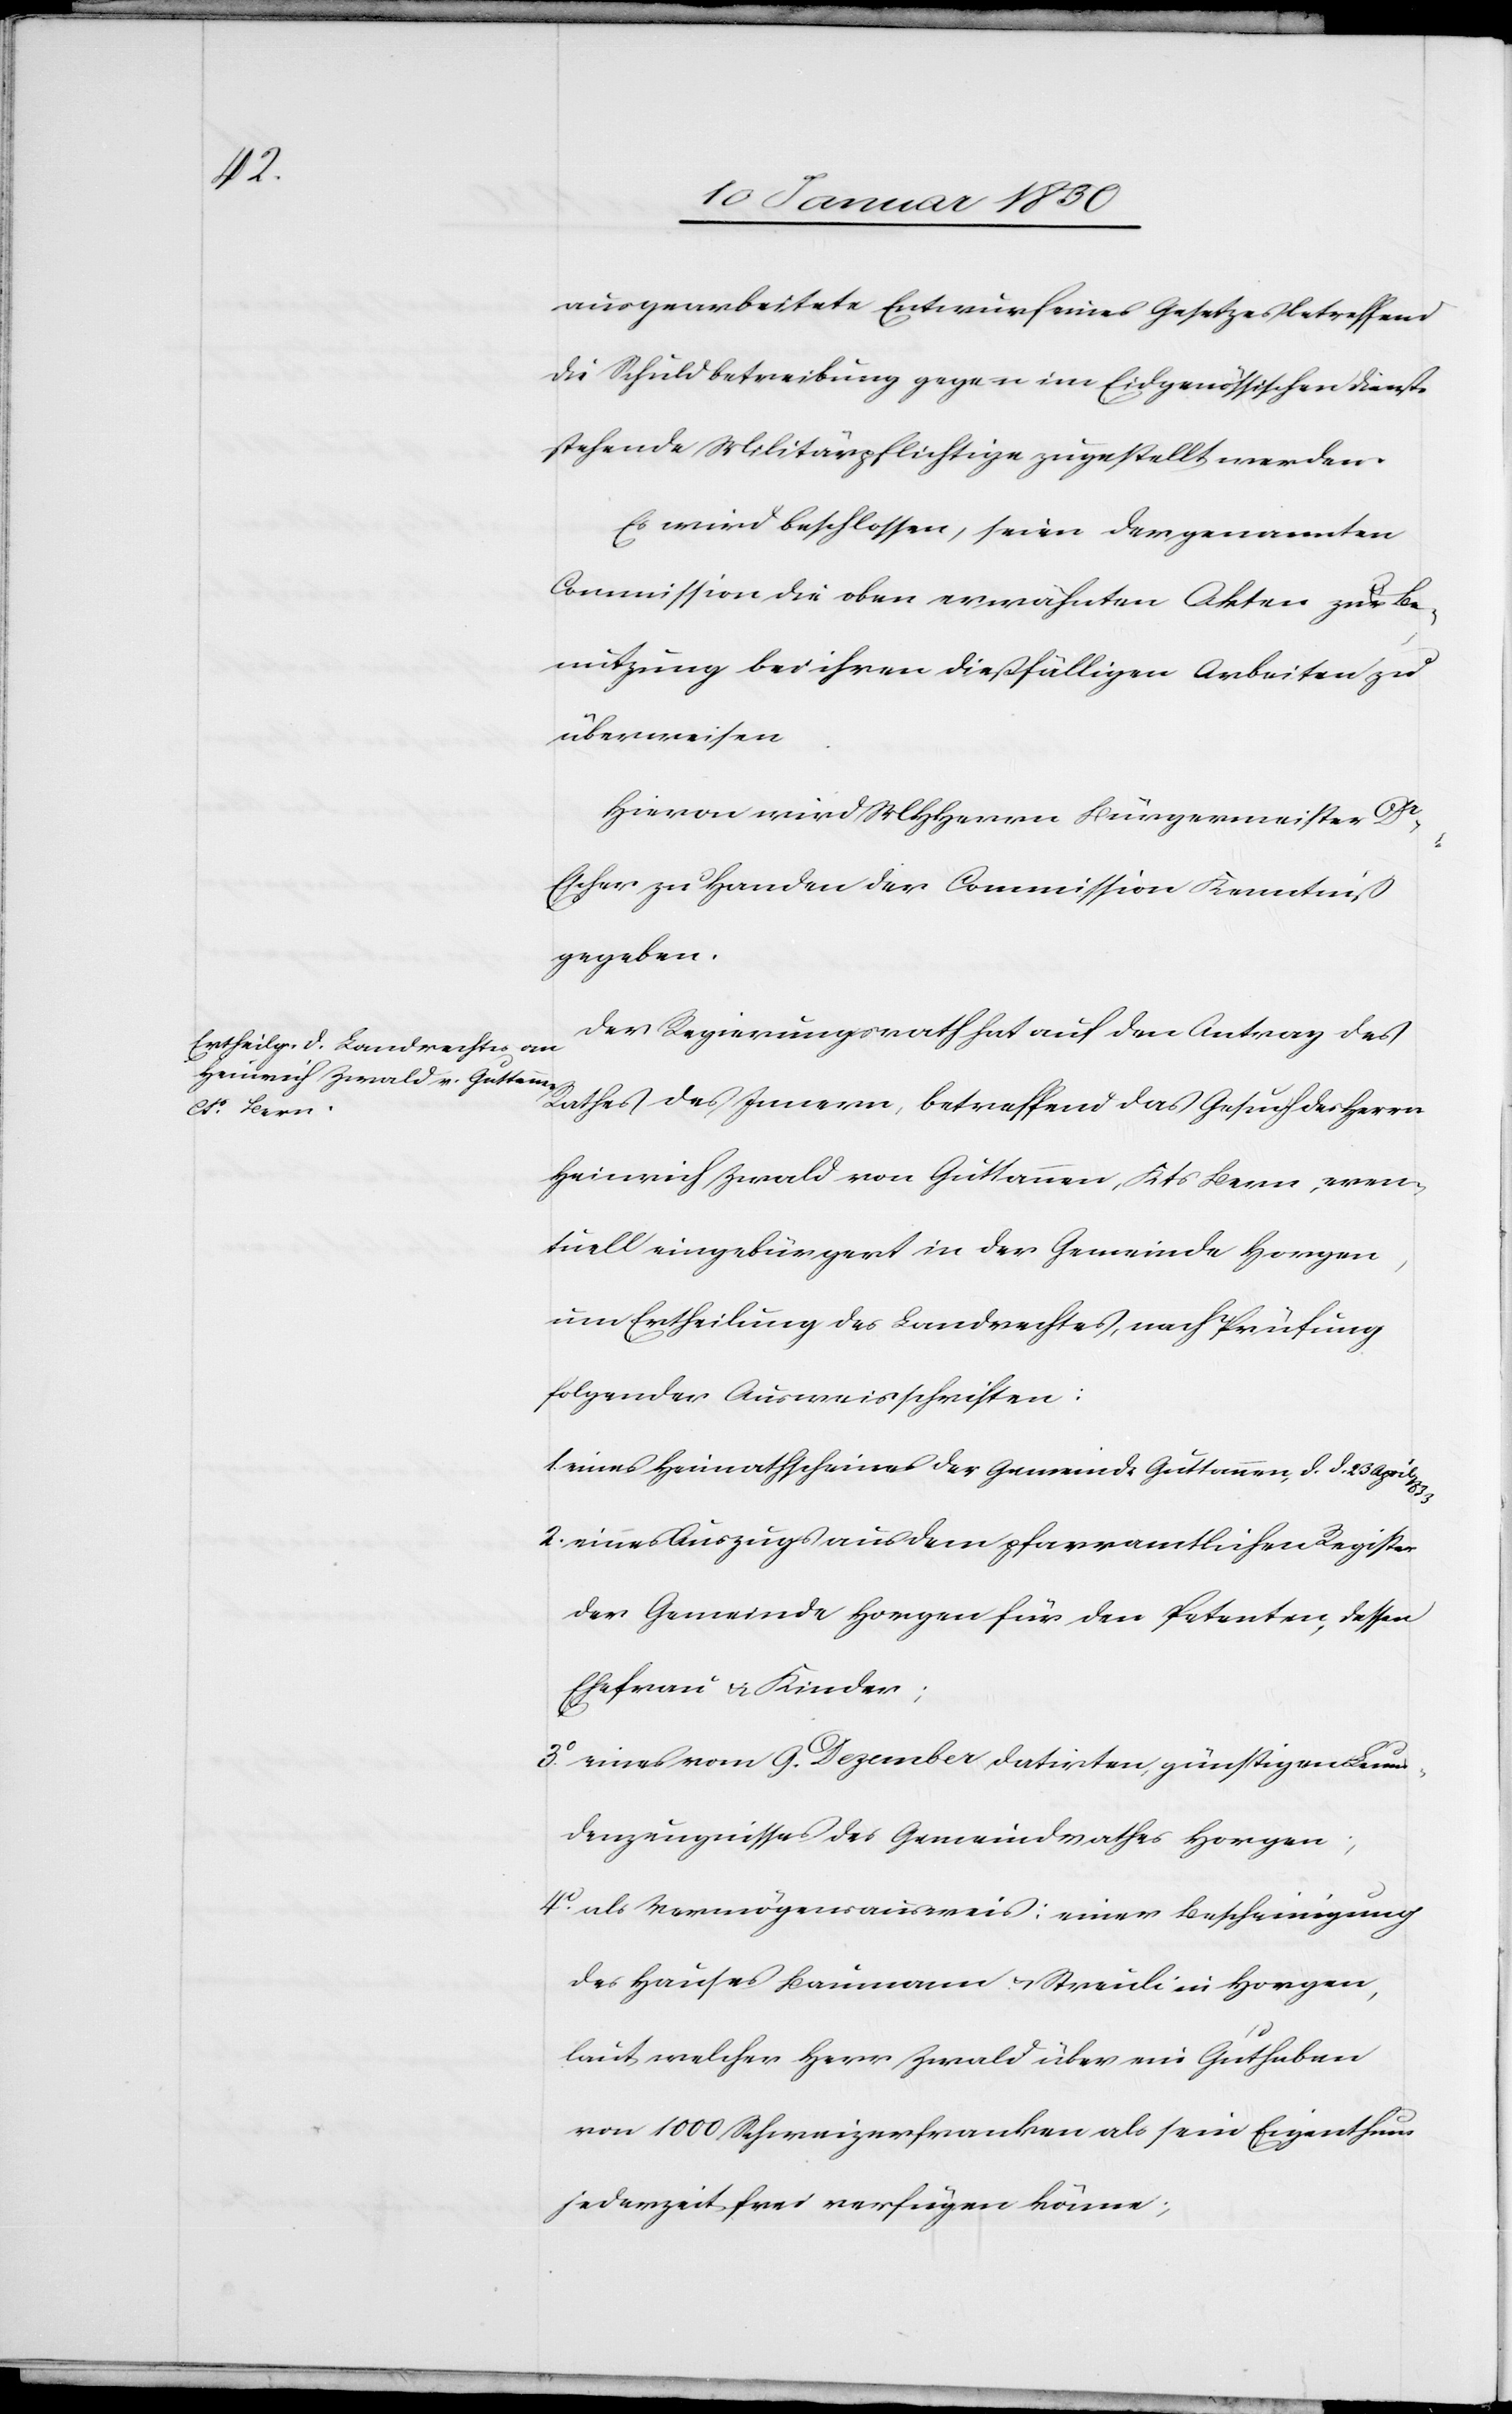
ausgearbeitete Entwurf eines Gesetzes betreffend
die Schuldbetreibung gegen im Eidgenössischen Dienst
stehende Militärpflichtige zugestellt werden.
Es wird beschlossen, seien der genannten
Commission die oben erwähnten Akten zu Be¬
nutzung bei ihren dießfälligen Arbeiten zu
überweisen.
Hievon wird MHHerrn Bürgermeister Dr
Escher zu Handen der Commission Kenntniß
gegeben.
Der Regierungsrath hat auf den Antrag des
Rathes des Innern, betreffend das Gesuch des Herrn
Heinrich Zwald von Guttannen, Kts Bern, even¬
tuell eingebürgert in der Gemeinde Horgen,
um Ertheilung des Landrechtes, nach Prüfung
folgender Ausweisschriften:
1. eines Heimathscheines der Gemeinde Guttannen, d. d. 23 April
2. eines Auszugs aus dem pfarramtlichen Register
der Gemeinde Horgen für den Petenten, dessen
Ehefrau u. Kinder;
3o eines vom 9. Dezember datirten, günstigen Leum¬
denzeugnisses des Gemeindrathes Horgen;
4o als Vermögensausweis: einer Bescheinigung
des Hauses Baumann u. Streuli in Horgen,
laut welcher Herr Zwald über ein Guthaben
von 1000 Schweizerfranken als sein Eigenthum
jederzeit frei verfügen könne;